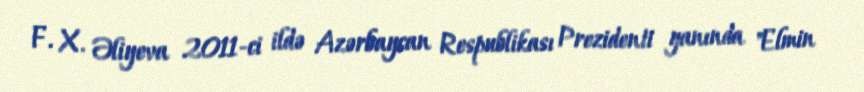
F. X. Əliyeva 2011-ci ildə Azərbaycan Respublikası Prezidenti yanında "Elmin